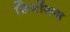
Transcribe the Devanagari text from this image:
सिमोंसन